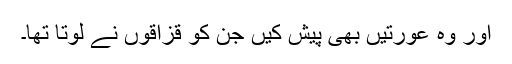
اور وہ عورتیں بھی پیش کیں جن کو قزاقوں نے لوتا تھا۔